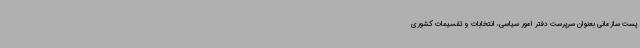
پست سازمانی بعنوان سرپرست دفتر امور سیاسی، انتخابات و تقسیمات کشوری